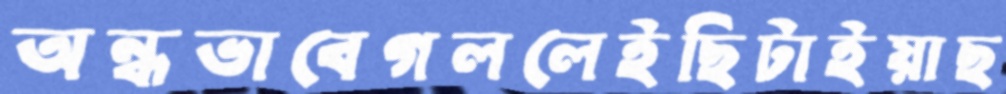
অন্ধভাবেগললেইছিটাইয়াছ